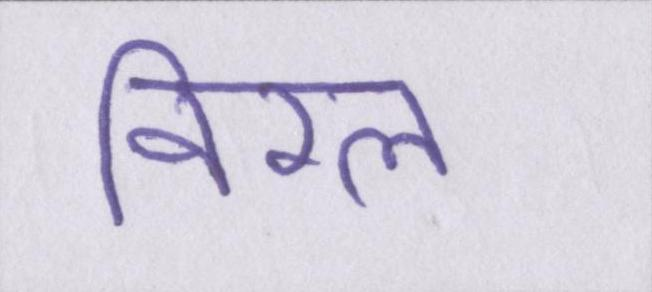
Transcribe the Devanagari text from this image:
विरल